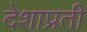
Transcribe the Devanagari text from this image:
देशाप्रती